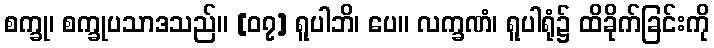
စက္ခု၊ စက္ခုပသာဒသည်။ [၀၇] ရူပါဘိ၊ ပေ။ လက္ခဏံ၊ ရူပါရုံ၌ ထိခိုက်ခြင်းကို